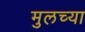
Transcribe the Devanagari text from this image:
मुलच्या